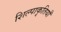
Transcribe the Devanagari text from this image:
शिल्पाकृतियाँ